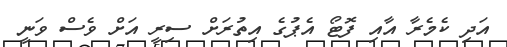
އަދި ކެމެރާ އާއި ފޮޓޯ އެޕުގެ އިތުރަށް ސިރީ އަށް ވެސް ވަނީ